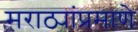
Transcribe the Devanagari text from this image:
मराठ्यांप्रमाणे